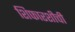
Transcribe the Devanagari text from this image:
शिफारशीची